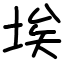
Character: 埃